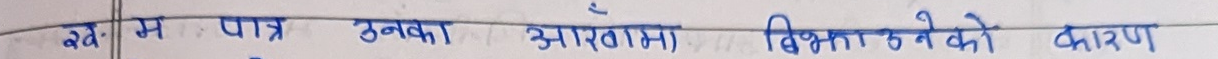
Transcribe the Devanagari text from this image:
पै म पात्र उनका आँत्मा विकने को कारण